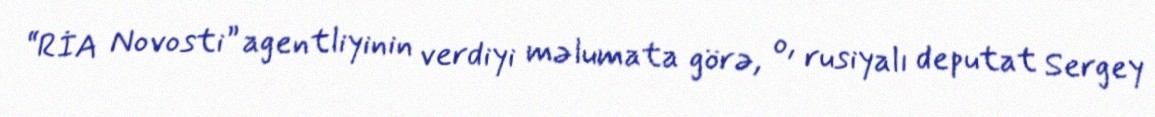
“RİA Novosti” agentliyinin verdiyi məlumata görə, o, rusiyalı deputat Sergey